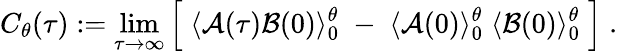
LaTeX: C_{\theta}(\tau):=\operatorname*{lim}_{\tau\rightarrow\infty}\Big[\; \langle{\cal A}(\tau){\cal B}(0)\rangle_{0}^{\theta}\; -\; \langle{\cal A}(0)\rangle_{0}^{\theta}\; \langle{\cal B}(0)\rangle_{0}^{\theta}\; \Big]\; .